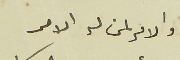
والامر لمن له الامر